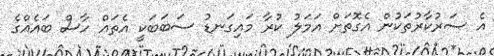
އެ ސަރުކާރުތަކުން އެގޮތަށް އަމަލު ކުރާ މައިގަނޑު ސަބަބަކީ އެތައް ހާސް ބައެއްގެ